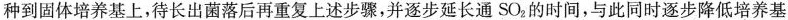
种到固体培养基上，待长出菌落后再重复上述步骤，并逐步延长通SO_{2}的时间，与此同时逐步降低培养基